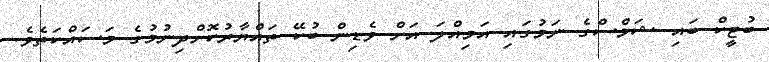
ބުޓީކް ބައި ޝަމްސްގެ ނަމުގައި އަމިއްލަ އަށް ވެޑިން ބުކޭ ތައްޔާރުކޮށްދިނުމުގެ މަސައްކަތެވެ.